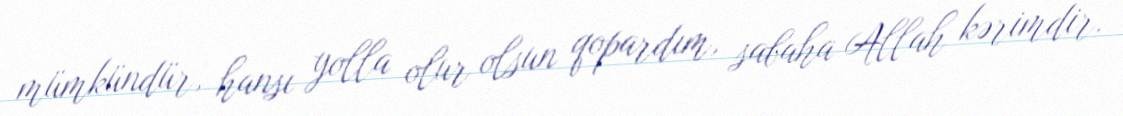
mümkündür, hansı yolla olur olsun qopardım, sabaha Allah kərimdir.